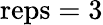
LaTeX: \textrm{reps}=3